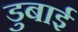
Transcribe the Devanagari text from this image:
डुबाई